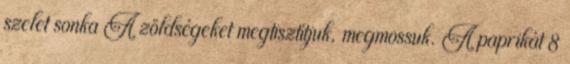
szelet sonka A zöldségeket megtisztítjuk, megmossuk. A paprikát 8